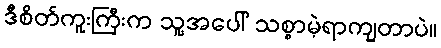
ဒီစိတ်ကူးကြီးက သူ့အပေါ် သစ္စာမဲ့ရာကျတာပဲ။